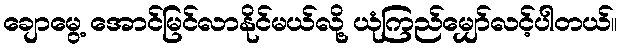
ချောမွေ့ အောင်မြင်လာနိုင်မယ်လို့ ယုံကြည်မျှော်လင့်ပါတယ်။